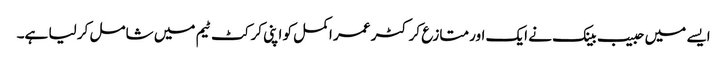
ایسے میں حبیب بینک نے ایک اور متازع کرکٹر عمر اکمل کو اپنی کرکٹ ٹیم میں شامل کر لیا ہے۔